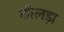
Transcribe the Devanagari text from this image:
छीलड़ा